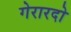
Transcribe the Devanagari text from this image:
गेरारदो